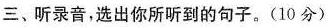
三、听录音,选出你所听到的句子。（10分）